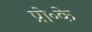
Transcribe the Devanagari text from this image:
प्रो॰के